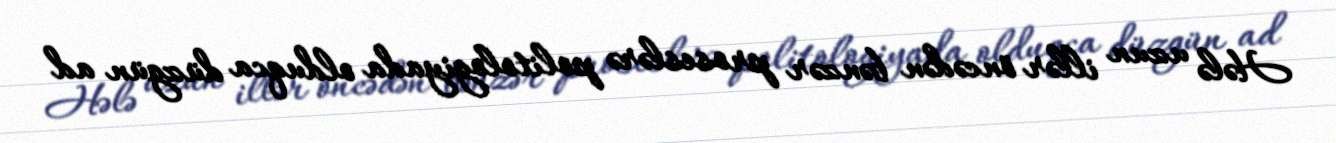
Hələ uzun illər öncədən bənzər proseslərə politologiyada olduqca düzgün ad